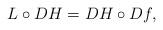
LaTeX: \begin{align*} L\circ DH= DH \circ Df,\end{align*}